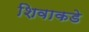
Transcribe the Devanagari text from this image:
शिवाकडे